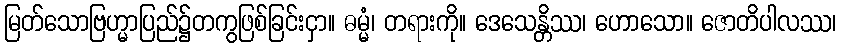
မြတ်သောဗြဟ္မာပြည်၌တကွဖြစ်ခြင်းငှာ။ ဓမ္မံ၊ တရားကို။ ဒေသေန္တိဿ၊ ဟောသော။ ဇောတိပါလဿ၊